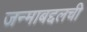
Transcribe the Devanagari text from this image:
जन्माबद्दलची